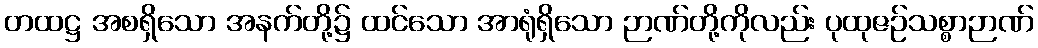
တထဋ္ဌ အစရှိသော အနက်တို့၌ ထင်သော အာရုံရှိသော ဉာဏ်တို့ကိုလည်း ပုထုဇဉ်သစ္စာဉာဏ်